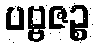
ပဗ္ဗဇဉ္စ